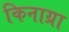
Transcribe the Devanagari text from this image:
किनाय्रा